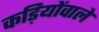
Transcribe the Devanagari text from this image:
कड़ियोंवाले